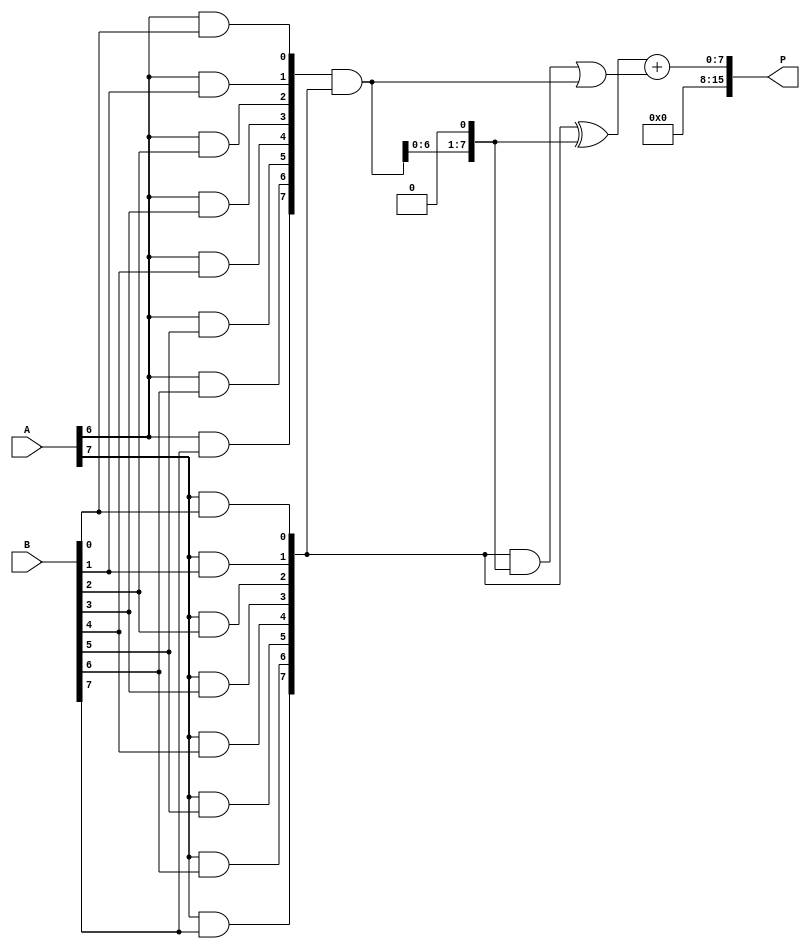
module wallace_tree_multiplier #(parameter N = 8) (
    input  [N-1:0] A,      // Multiplicand A
    input  [N-1:0] B,      // Multiplicand B
    output [2*N-1:0] P     // Product P
);

    wire [N-1:0] pp [0:N-1]; // Partial products

    // Generate Partial Products
    genvar i, j;
    generate
        for (i = 0; i < N; i = i + 1) begin: partial_product
            for (j = 0; j < N; j = j + 1) begin: pp_gen
                assign pp[i][j] = A[i] & B[j];
            end
        end
    endgenerate

    // Intermediate wires for Wallace tree reduction
    wire [N-1:0] sum [0:N-1];
    wire [N-1:0] carry [0:N-1];
    wire [N-1:0] final_sum, final_carry;

    // Wallace Tree Reduction
    // Stage 0: Group and Reduce
    generate
        for (i = 0; i < N; i = i + 1) begin: reduction_stage
            if (i % 3 == 0) begin
                assign sum[i] = pp[i] ^ pp[i+1]; // Half Adder
                assign carry[i] = pp[i] & pp[i+1];
            end else if (i % 3 == 1) begin
                assign sum[i] = pp[i] ^ (carry[i-1] << 1); // Full Adder
                assign carry[i] = pp[i] & (carry[i-1] << 1) | (pp[i] & pp[i-1]);
            end else begin
                assign sum[i] = pp[i] ^ (carry[i-1] << 1); // Full Adder
                assign carry[i] = pp[i] & (carry[i-1] << 1) | (pp[i] & pp[i-1]);
            end
        end
    endgenerate

    // Final Addition of Remaining Partial Products
    assign final_sum = sum[N-1] + carry[N-1];

    // Assign Product
    assign P = final_sum;

endmodule